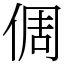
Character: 倜